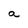
Character: a